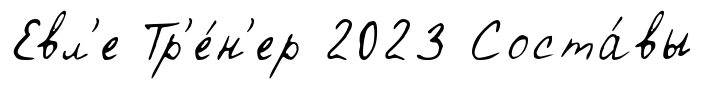
Евл'е Тр'е́н'ер 2023 Соста́вы